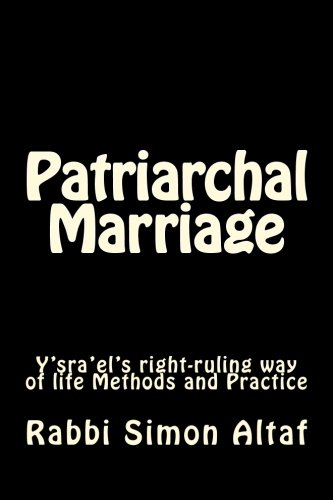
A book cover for Patriarchal Marriage: Y'sra'el's right-ruling way of life Methods and Practice; Rabbi Simon Altaf; Christian Books & Bibles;